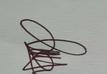
Signature authenticity: genuine